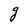
Character: g